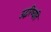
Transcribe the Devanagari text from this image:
उद्धरिष्यति